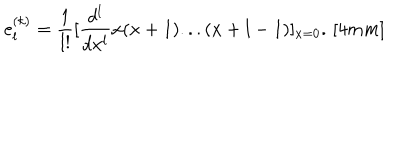
e _ { l } ^ { ( k ) } = \frac { 1 } { l ! } [ \frac { d ^ { l } } { d x ^ { l } } x ( x + 1 ) . . . ( x + l - 1 ) ] _ { x = 0 } . \, [ 4 m m ]